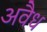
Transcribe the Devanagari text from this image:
अवैध